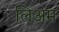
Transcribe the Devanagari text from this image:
लिअम